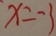
x = - 3